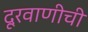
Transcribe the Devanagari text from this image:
दूरवाणीची